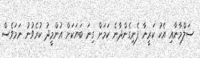
ސަލްމާނާއި އެކު ކަރީނާ ފެނިގެންދާނެ ކަމަށް ގިނަ ބަޔަކަށް އުންމީދު ކުރެވުނު ނަމަވެސް